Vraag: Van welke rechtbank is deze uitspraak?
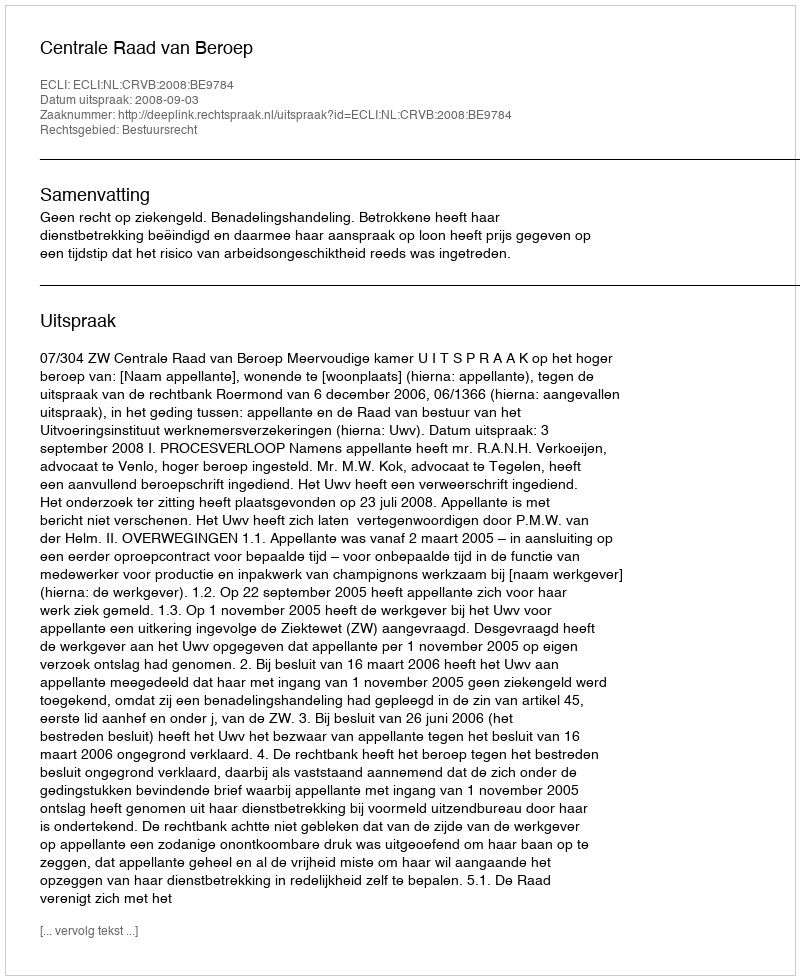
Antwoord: Centrale Raad van Beroep